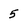
Character: 5